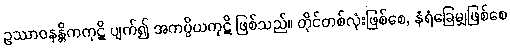
ဥဿာဝနန္တိကကုဋိ ပျက်၍ အကပ္ပိယကုဋိ ဖြစ်သည်။ တိုင်တစ်လုံးဖြစ်စေ, နံရံခြေမျှဖြစ်စေ